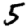
Digit: 5